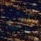
إن